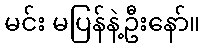
မင်း မပြန်နဲ့ဦးနော်။